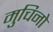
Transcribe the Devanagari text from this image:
मुचिनो